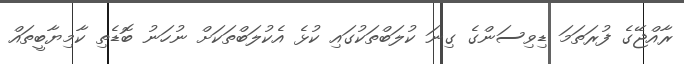
ރާއްޖޭގެ ފުރަތަމަ ޑިވިސަންގެ ގިނަ ކުލަބްތަކުގައި ކުޅެ އެކުލަބްތަކަށް ނުހަނު ބޮޑެތި ކާމިޔާބީތައް